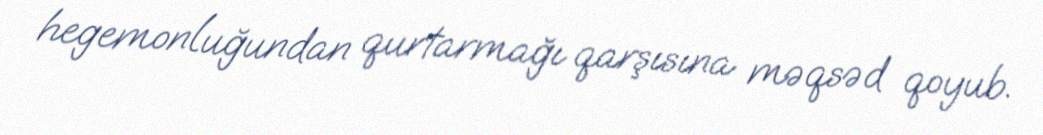
hegemonluğundan qurtarmağı qarşısına məqsəd qoyub.